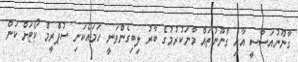
ގާނޫނުއަސާސީ އާއި ގާނޫނުތައް މާނަކުރުމުގެ ބާރު ލިބިގެންވަނީ ހަމައެކަނި ސުޕްރީމް ކޯޓަށް ކަން